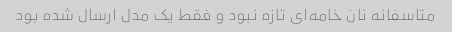
متاسفانه نان خامه‌ای تازه نبود و فقط یک مدل ارسال شده بود